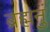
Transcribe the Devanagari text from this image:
ब्रह्मनुं